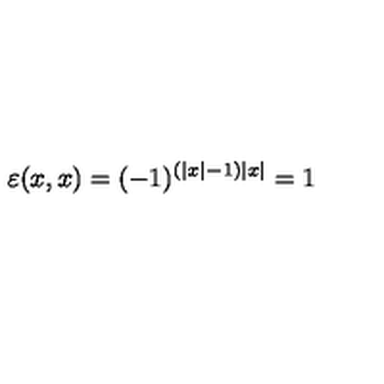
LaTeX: \varepsilon ( x , x ) = ( - 1 ) ^ { ( \left| x \right| - 1 ) \left| x \right| } = 1